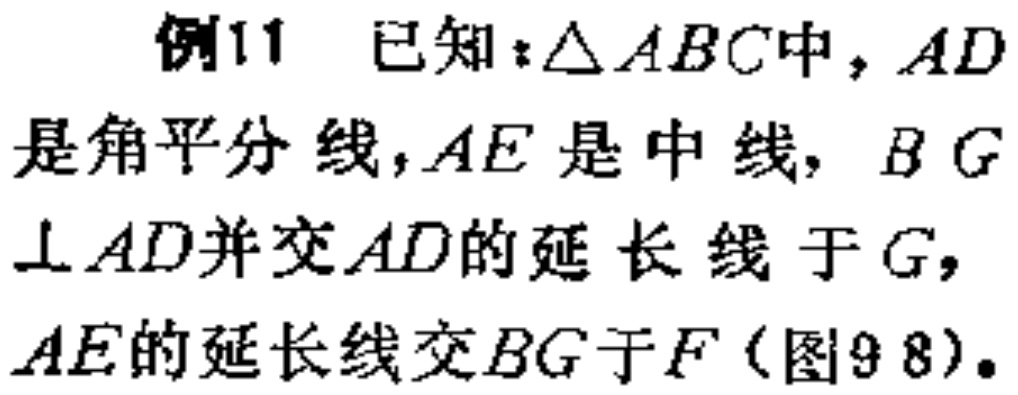
例11 已知：$\triangle ABC$中，$AD$是角平分线，$AE$是中线，$BG\perp AD$并交$AD$的延长线于$G$，$AE$的延长线交$BG$于$F$（图9 8）。